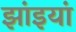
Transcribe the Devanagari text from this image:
झांइयां